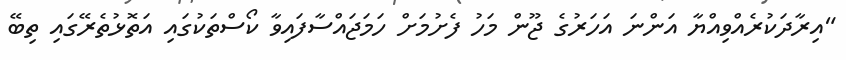
"އިރާދަކުރެއްވިއްޔާ އަންނަ އަހަރުގެ ޖޫން މަހު ފެށުމަށް ހަމަޖައްސާފައިވާ ކޯސްތަކުގައި އަތޮޅުތެރޭގައި ތިބޭ